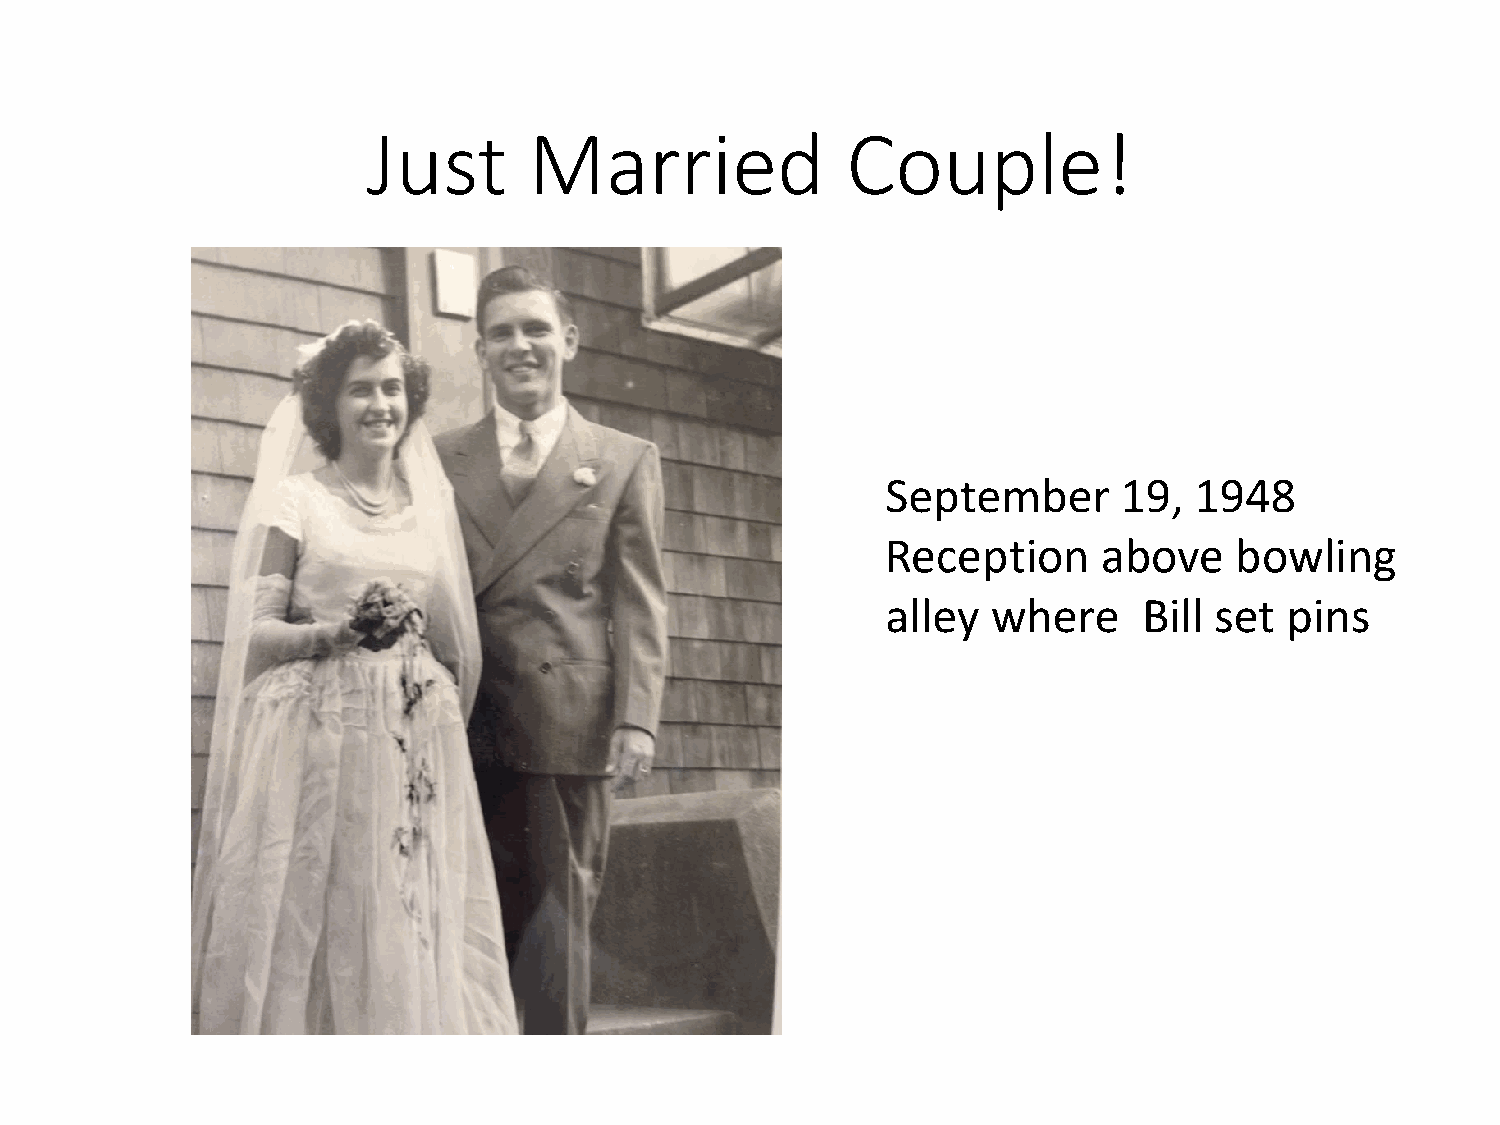
Just       Married              Couple!
 September      19,  1948
 Reception     above    bowling
 alley  where     Bill set pins